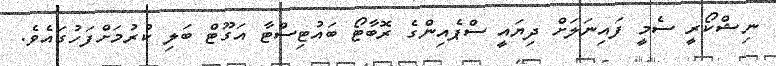
ނިޝްކޯރީ ސެމީ ފައިނަލަށް ދިޔައީ ސްޕެއިންގެ ރޮބާޓޯ ބައުޓިސްޓާ އަގޫޓް ބަލި ކުރުމަށްފަހުގައެވެ.